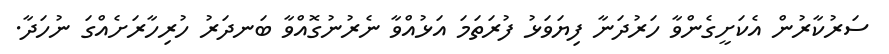
ސަރުކާރުން އެކަށީގެންވާ ހަރުދަނާ ފިޔަވަޅު ފުރަތަމަ އަޅުއްވާ ނެރުނުގޮއްވާ ބަނދަރު ހުރިހާރަށެއްގަ ނުހަދާ.